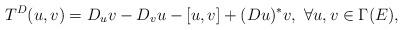
LaTeX: \begin{align*}T^{D} (u, v) = D_{u}v - D_{v}u - [u, v] + (Du)^{*}v,\ \forall u, v\in \Gamma (E),\end{align*}